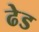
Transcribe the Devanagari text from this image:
ढेड